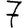
Digit: 7